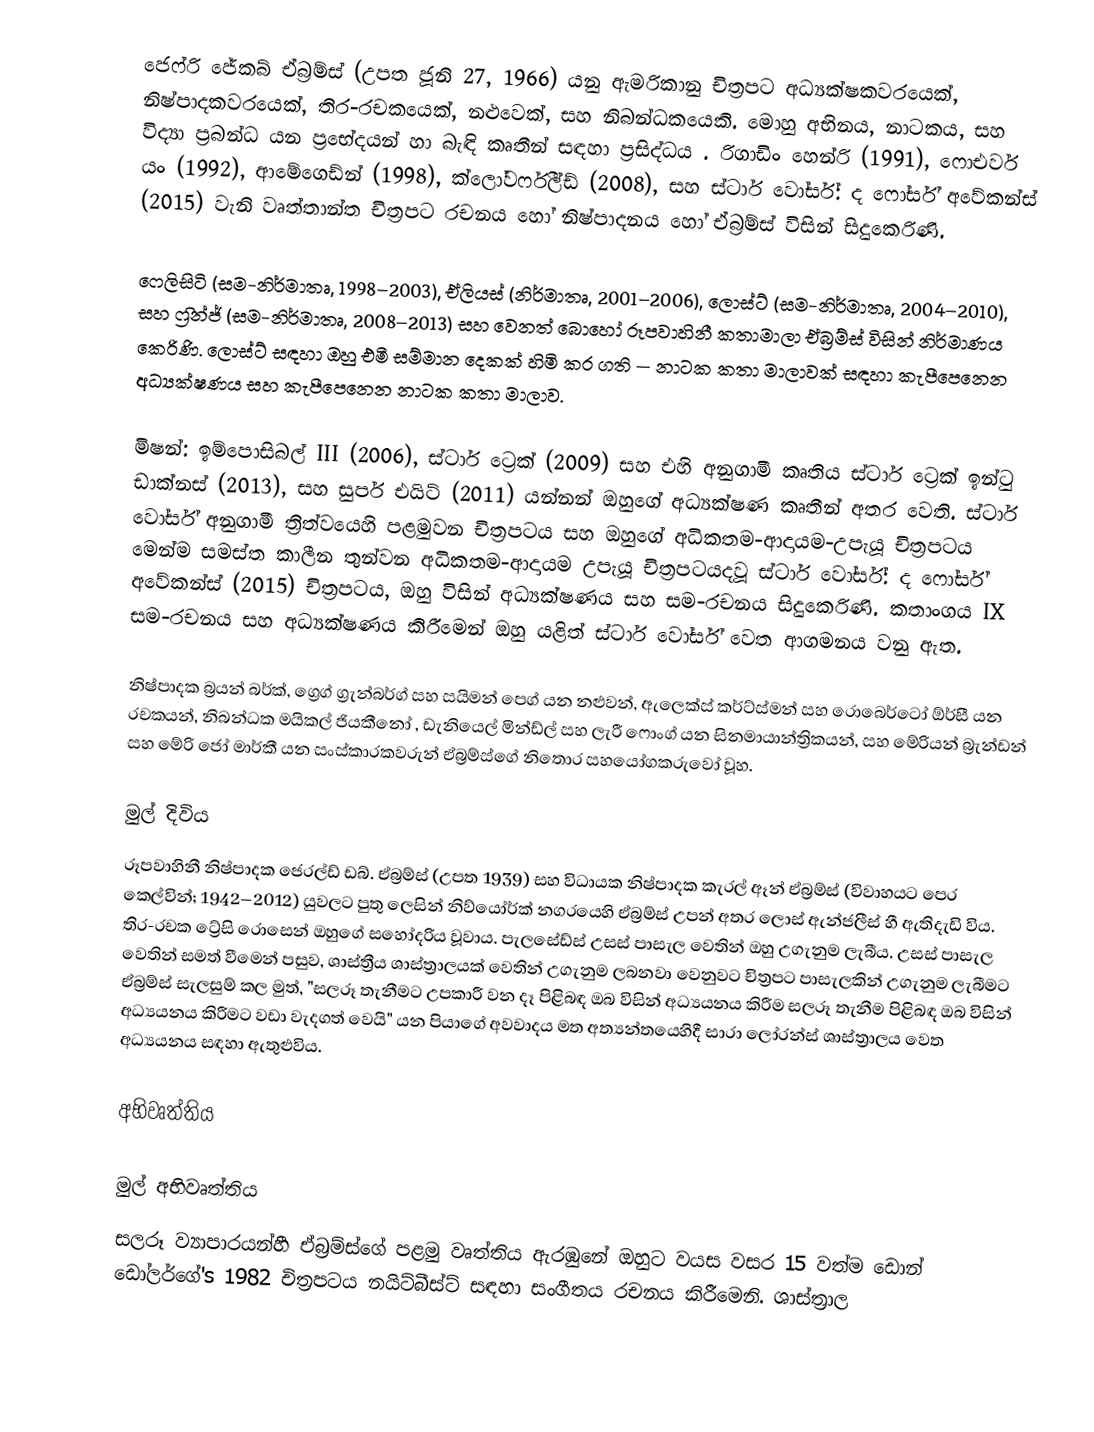
ජෙෆ්රි ජේකබ්   ඒබ්‍රම්ස් (උපත ජූනි 27, 1966) යනු ඇමරිකානු චිත්‍රපට අධ්‍යක්ෂකවරයෙක්, නිෂ්පාදකවරයෙක්, තිර-රචකයෙක්, නළුවෙක්, සහ  නිබන්ධකයෙකි. මොහු අභිනය, නාටකය, සහ විද්‍යා ප්‍රබන්ධ යන ප්‍රභේදයන්  හා බැඳි කෘතීන් සඳහා ප්‍රසිද්ධය . රිගාඩිං හෙන්රි (1991),  ෆොඑවර් යං (1992),  ආමේගෙඩ්න් (1998),  ක්ලෝවර්ෆීල්ඩ් (2008), සහ ස්ටාර් වෝර්ස්: ද ෆෝර්ස් අවේකන්ස් (2015) වැනි වෘත්තාන්ත චිත්‍රපට රචනය හෝ නිෂ්පාදනය හෝ ඒබ්‍රම්ස් විසින් සිදුකෙරිණි.

ෆෙලිසිටි (සම-නිර්මාතෘ, 1998–2003),  ඒලියස් (නිර්මාතෘ, 2001–2006), ලොස්ට් (සම-නිර්මාතෘ, 2004–2010), සහ ෆ්‍රින්ජ් (සම-නිර්මාතෘ, 2008–2013) සහ වෙනත් බොහෝ රූපවාහිනී කතාමාලා ඒබ්‍රම්ස් විසින් නිර්මාණය කෙරිණි.  ලොස්ට් සඳහා ඔහු එමී සම්මාන දෙකක් හිමි කර ගති  — නාටක කතා මාලාවක් සඳහා කැපීපෙනෙන අධ්‍යක්ෂණය සහ කැපීපෙනෙන නාටක කතා මාලාව.

මිෂන්: ඉම්පොසිබල් III (2006),  ස්ටාර් ට්‍රෙක් (2009) සහ එහි අනුගාමී කෘතිය ස්ටාර් ට්‍රෙක් ඉන්ටු ඩාක්නස් (2013), සහ සුපර් එයිට් (2011) යන්නන් ඔහුගේ අධ්‍යක්ෂණ කෘතීන් අතර වෙති. ස්ටාර් වෝර්ස්  අනුගාමී ත්‍රිත්වයෙහි පළමුවන චිත්‍රපටය සහ ඔහුගේ අධිකතම-ආදායම-උපැයූ චිත්‍රපටය මෙන්ම  සමස්ත කාලීන තුන්වන අධිකතම-ආදායම උපැයූ චිත්‍රපටයදවූ ස්ටාර් වෝර්ස්: ද ෆෝර්ස් අවේකන්ස් (2015) චිත්‍රපටය, ඔහු විසින් අධ්‍යක්ෂණය සහ සම-රචනය සිදුකෙරිණි. කතාංගය IX සම-රචනය සහ අධ්‍යක්ෂණය කිරීමෙන් ඔහු යළිත් ස්ටාර් වෝර්ස් වෙත ආගමනය වනු ඇත.

නිෂ්පාදක බ්‍රයන් බර්ක්, ග්‍රෙග් ග්‍රැන්බර්ග් සහ සයිමන් පෙග් යන නළුවන්, ඇලෙක්ස් කර්ට්ස්මන් සහ රොබෙර්ටෝ ඕර්සී යන රචකයන්, නිබන්ධක මයිකල් ජියකීනෝ , ඩැනියෙල් මින්ඩ්ල් සහ ලැරී ෆොංග් යන සිනමායාන්ත්‍රිකයන්, සහ මේරියන් බ්‍රැන්ඩන් සහ මේරි ජෝ මාර්කී යන සංස්කාරකවරුන් ඒබ්‍රම්ස්ගේ නිතොර සහයෝගකරුවෝ වූහ.

මුල් දිවිය
රූපවාහිනී නිෂ්පාදක ජෙරල්ඩ් ඩබ්. ඒබ්‍රම්ස් (උපත 1939) සහ විධායක නිෂ්පාදක කැරල් ඈන් ඒබ්‍රම්ස් (විවාහයට පෙර කෙල්වින්; 1942–2012) යුවලට පුතු ලෙසින් නිව්යෝර්ක් නගරයෙහි ඒබ්‍රම්ස් උපන් අතර ලොස් ඇන්ජලීස් හී ඇතිදැඩි විය. තිර-රචක ට්‍රේසි රොසෙන් ඔහුගේ සහෝදරිය වූවාය.   පැලසේඩ්ස් උසස් පාසැල වෙතින් ඔහු උගැනුම ලැබීය. උසස් පාසැල වෙතින් සමත් වීමෙන් පසුව, ශාස්ත්‍රීය ශාස්ත්‍රාලයක් වෙතින් උගැනුම ලබනවා වෙනුවට චිත්‍රපට පාසැලකින් උගැනුම ලැබීමට ඒබ්‍රම්ස් සැලසුම් කල මුත්, "සලරූ තැනීමට උපකාරී වන දෑ පිළිබඳ ඔබ විසින් අධ්‍යයනය කිරීම සලරූ තැනීම පිළිබඳ ඔබ විසින් අධ්‍යයනය කිරීමට වඩා වැදගත් වෙයි" යන පියාගේ අවවාදය මත අත්‍යන්තයෙහිදී සාරා ලෝරන්ස් ශාස්ත්‍රාලය වෙත අධ්‍යයනය සඳහා ඇතුළුවිය.

අභිවෘත්තිය

මුල් අභිවෘත්තිය
සලරූ ව්‍යාපාරයන්හී ඒබ්‍රම්ස්ගේ පළමු වෘත්තිය ඇරඹුනේ ඔහුට වයස වසර 15 වත්ම  ඩොන් ඩෝලර්ගේ's 1982 චිත්‍රපටය නයිට්බීස්ට් සඳහා සංගීතය රචනය කිරීමෙනි. ශාස්ත්‍රාල